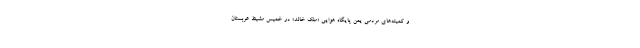
و کمیته‌های مردمی یمن پایگاه هوایی «ملک خالد» در خمیس مشیط عربستان